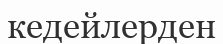
кедейлерден